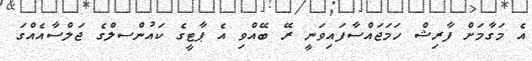
އެ މަގާމަށް ފާރިޝް ހަމަޖައްސާފައިވަނީ ރޭ ބޭއްވި އެ ޕާޓީގެ ކައުންސލްގެ ޖަލްސާއެއްގަ